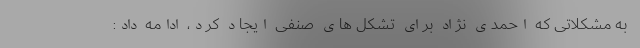
به مشکلاتی که احمدی نژاد برای تشکل های صنفی ایجاد کرد، ادامه داد: